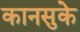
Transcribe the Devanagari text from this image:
कानसुके